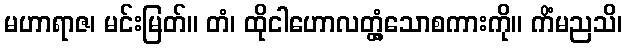
မဟာရာဇ၊ မင်းမြတ်။ တံ၊ ထိုငါဟောလတ္တံ့သောစကားကို။ ကိံမညသိ၊